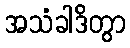
အသံခါဒိတွာ